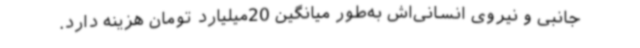
جانبی و نیروی انسانی‌اش به‌طور میانگین 20میلیارد تومان هزینه دارد.